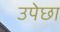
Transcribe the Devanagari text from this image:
उपेछा